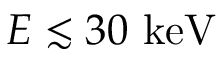
E \lesssim 3 0 ~ \mathrm { k e V }